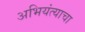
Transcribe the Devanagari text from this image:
अभियंत्याचा